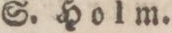
S. Holm.